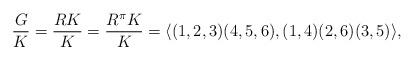
LaTeX: \begin{align*}\frac{G}{K}=\frac{RK}{K}=\frac{R^\pi K}{K}=\langle (1,2,3)(4,5,6),(1,4)(2,6)(3,5)\rangle,\end{align*}